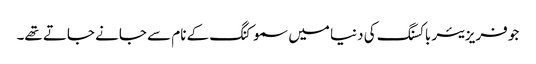
جو فریزیئر باکسنگ کی دنیا میں سموکنگ کے نام سے جانے جاتے تھے۔